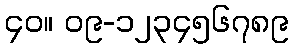
၄၀။ ၀၉-၁၂၃၄၅၆၇၈၉